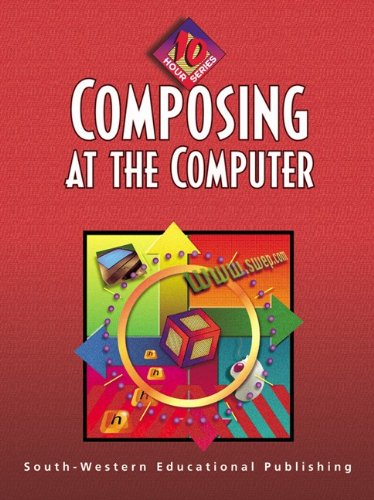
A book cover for Composing at the Computer: 10-Hour Series (10 Hour (South-Western)); Jack P. Hoggatt; Business & Money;